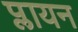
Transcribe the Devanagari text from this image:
प्लायन